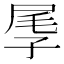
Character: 𡱬